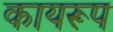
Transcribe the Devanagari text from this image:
कायरूप